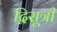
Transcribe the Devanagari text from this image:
द्विसूत्री